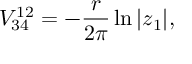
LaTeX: V _ { 3 4 } ^ { 1 2 } = - { \frac { r } { 2 \pi } } \ln | z _ { 1 } | ,